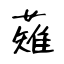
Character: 薙